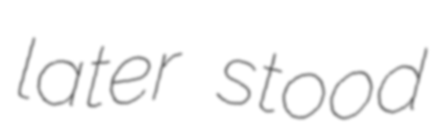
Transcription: later stood